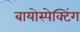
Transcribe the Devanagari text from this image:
बायोस्पेक्‍टिंग